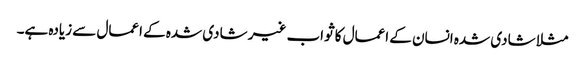
مثلا شادی شدہ انسان کے اعمال کا ثواب غیر شادی شدہ کے اعمال سے زیادہ ہے۔